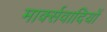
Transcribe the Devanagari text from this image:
मार्क्सवादियों